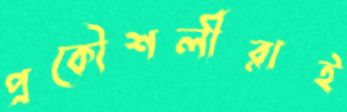
প্রকৌশলীরাই